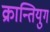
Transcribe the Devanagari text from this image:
क्रान्तियुग